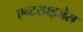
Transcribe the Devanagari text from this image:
एन्टरप्रइजेस